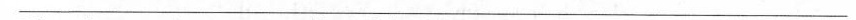
___